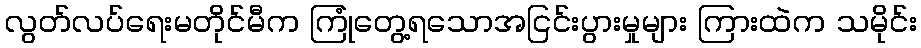
လွတ်လပ်ရေးမတိုင်မီက ကြုံတွေ့ရသောအငြင်းပွားမှုများ ကြားထဲက သမိုင်း